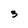
Character: 3